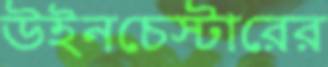
উইনচেস্টারের